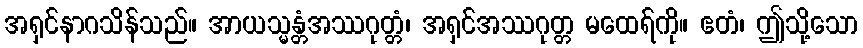
အရှင်နာဂသိန်သည်။ အာယသ္မန္တံအဿဂုတ္တံ၊ အရှင်အဿဂုတ္တ မထေရ်ကို။ ဧတံ၊ ဤသို့သော